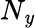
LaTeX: N_{\mathit{y}}